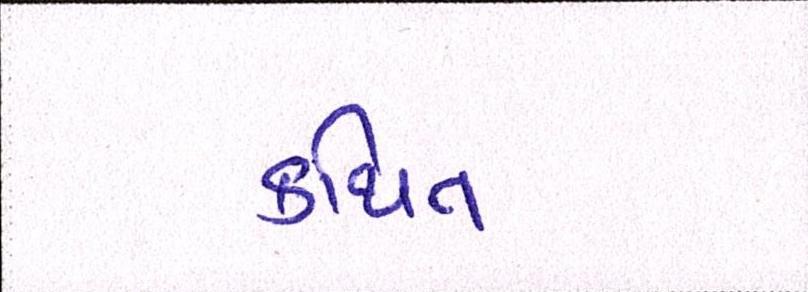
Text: કથિત